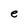
Character: e